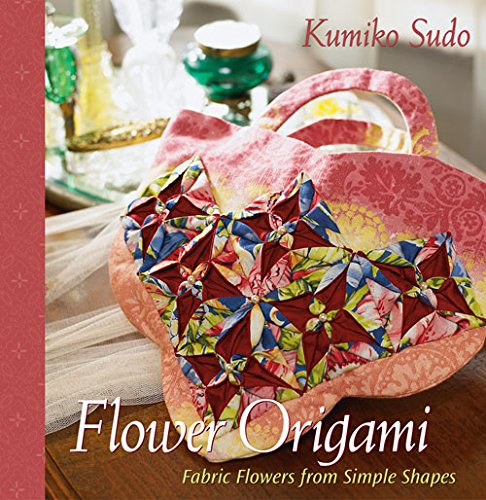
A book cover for Flower Origami:  Fabric Flowers from Simple Shapes; Kumiko Sudo; Crafts, Hobbies & Home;